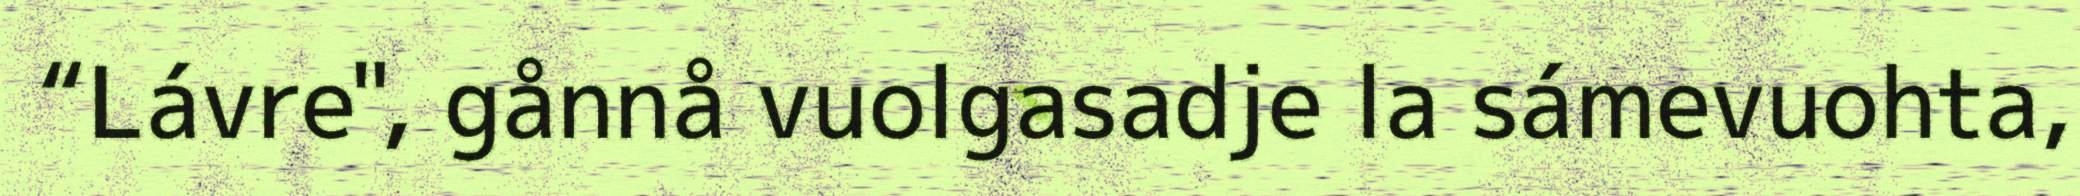
“Lávre", gånnå vuolgasadje la sámevuohta,